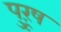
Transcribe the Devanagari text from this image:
पुऱूष